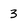
Character: 3